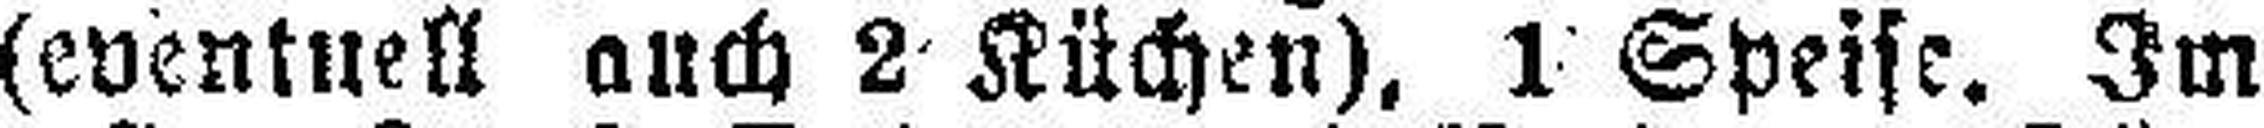
(eventuell auch 2 Küchen), 1 Speise. Im